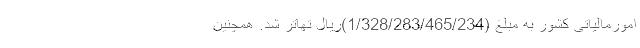
امورمالیاتی کشور به مبلغ (1/328/283/465/234)ریال تهاتر شد. همچنین